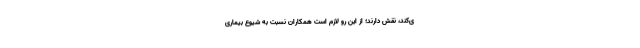
ی‌کند، نقش دارند؛ از این رو لازم است همکاران نسبت به شیوع بیماری